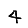
Digit: 4